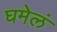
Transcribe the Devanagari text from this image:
घमेलं